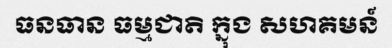
ធនធាន ធម្មជាតិ ក្នុង សហគមន៍